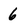
Character: 6